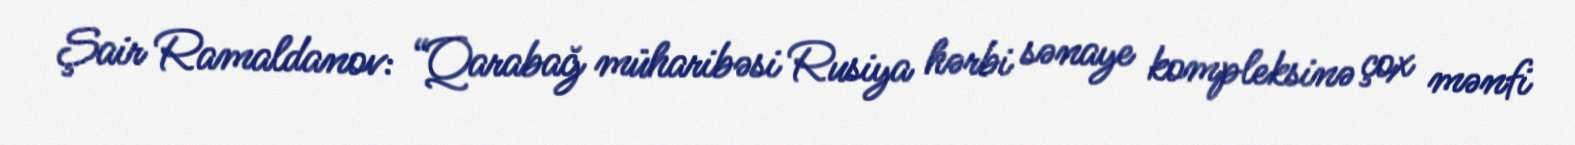
Şair Ramaldanov: “Qarabağ müharibəsi Rusiya hərbi sənaye kompleksinə çox mənfi